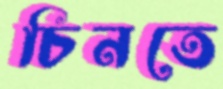
চিনতে